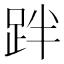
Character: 跘